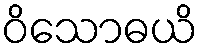
ဝိသောဓယိ